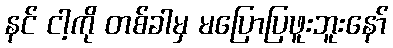
နင် ငါ့ကို တစ်ခါမှ မပြောပြဖူးဘူးနော်